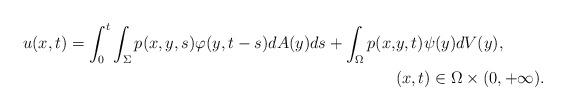
LaTeX: \begin{align*}u(x,t)=\int_0^t\int_\Sigma p(x,y,s)\varphi (y,t-s)dA(y)ds+\int_\Omega p(x,&y,t)\psi (y)dV(y),\\ &(x,t)\in \Omega \times (0,+\infty ).\end{align*}